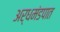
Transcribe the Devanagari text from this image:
अर्धमंडपात